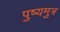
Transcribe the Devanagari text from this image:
पुष्यमुत्र